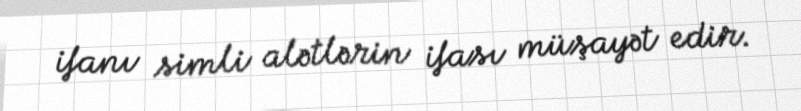
ifanı simli alətlərin ifası müşayət edir.